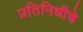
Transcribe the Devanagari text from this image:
प्रतिनिधीचे